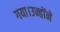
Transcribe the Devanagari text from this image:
गया।उन्होंने